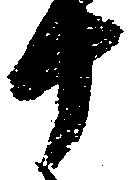
十